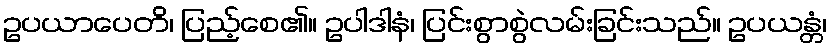
ဥပယာပေတိ၊ ပြည့်စေ၏။ ဥပါဒါနံ၊ ပြင်းစွာစွဲလမ်းခြင်းသည်။ ဥပယန္တံ၊